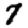
Digit: 7